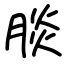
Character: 腅